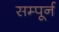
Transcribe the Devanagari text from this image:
सम्पूर्न